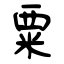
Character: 粟